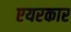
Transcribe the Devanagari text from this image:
एयरकार